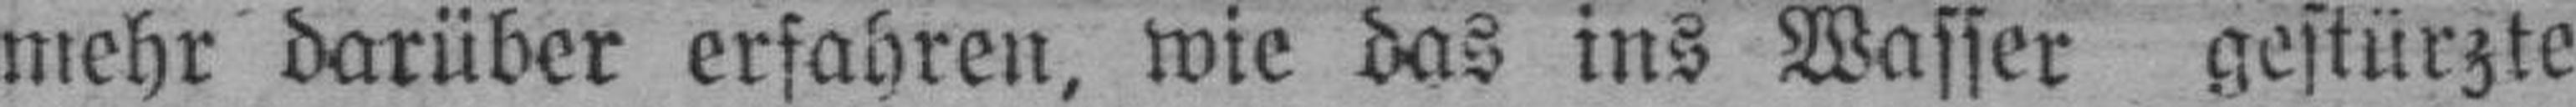
mehr darüber erfahren, wie das ins Wasser gestürzte